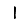
Digit: 1